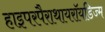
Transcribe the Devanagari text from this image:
हाइपरपैराथायरॉयडिज्म